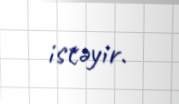
istəyir.